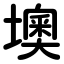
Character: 墺